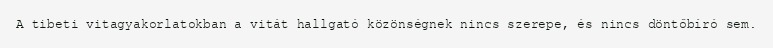
A tibeti vitagyakorlatokban a vitát hallgató közönségnek nincs szerepe, és nincs döntőbíró sem.